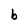
Character: b